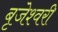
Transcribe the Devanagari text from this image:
बृजेश्वरी